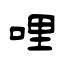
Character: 哩